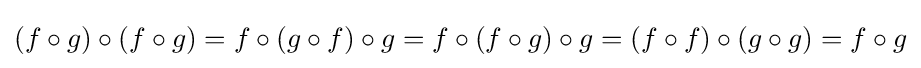
(f\circ g)\circ (f\circ g)=f\circ (g\circ f)\circ g=f\circ (f\circ g)\circ g=(f\circ f)\circ (g\circ g)=f\circ g